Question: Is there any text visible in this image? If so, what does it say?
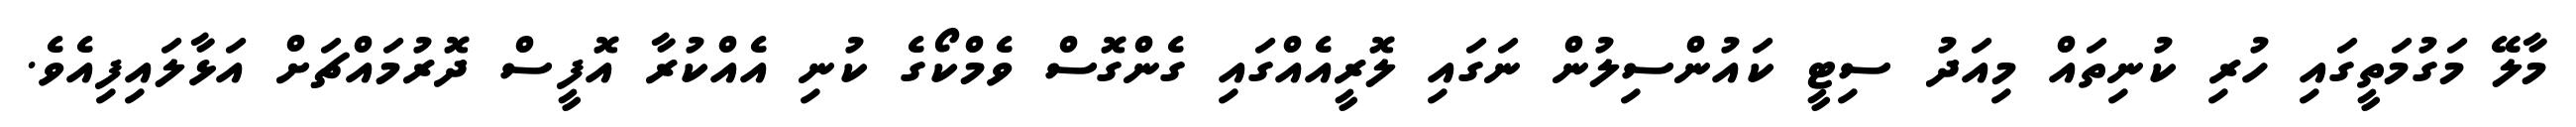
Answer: މާލޭ މަގުމަތީގައި ހުރި ކުނިތައް މިއަދު ސިޓީ ކައުންސިލުން ނަގައި ލޮރީއެއްގައި ގެންގޮސް ވެމްކޯގެ ކުނި އެއްކުރާ އޮފީސް ދޮރުމައްޗަށް އަޅާލައިފިއެވެ.